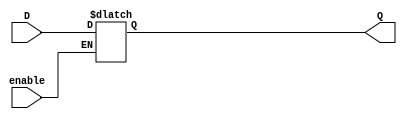
module D_latch(output reg Q, input enable, D);
always @(enable, D)
	if (enable)
		Q <= D;
endmodule